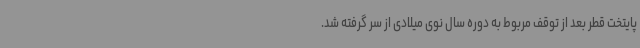
پایتخت قطر بعد از توقف مربوط به دوره سال نوی میلادی از سر گرفته شد.